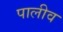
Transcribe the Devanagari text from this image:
पालीव